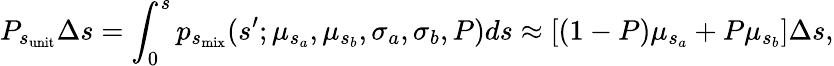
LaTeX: P_{s_{\mathrm{unit}}}\Delta s=\int_{0}^{s}p_{s_{\mathrm{mix}}}(s^{\prime};\mu_{s_{a}},\mu_{s_{b}},\sigma_{a},\sigma_{b},P)ds\approx[(1-P)\mu_{s_{a}}+P\mu_{s_{b}}]\Delta s,